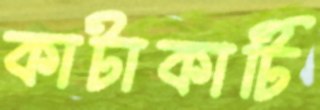
কাটাকাটি